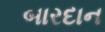
બારદાન